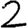
Digit: 2